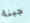
جبنة